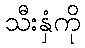
သီးနှံကို